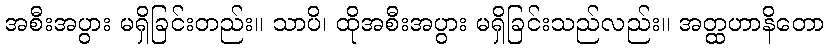
အစီးအပွား မရှိခြင်းတည်း။ သာပိ၊ ထိုအစီးအပွား မရှိခြင်းသည်လည်း။ အတ္ထဟာနိတော